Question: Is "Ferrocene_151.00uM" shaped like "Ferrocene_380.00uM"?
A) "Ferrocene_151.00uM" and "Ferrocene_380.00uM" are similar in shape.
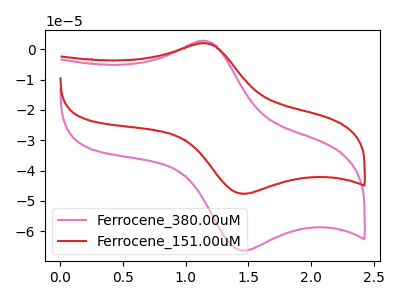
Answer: <think>The pink curve "Ferrocene_380.00uM" has an anodic peak at (1.15V, 2.75uA) and a cathodic peak at (1.45V, -66.45uA). The red curve "Ferrocene_151.00uM" has an anodic peak at (1.15V, 1.95uA) and a cathodic peak at (1.45V, -47.70uA).
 All the peaks in "Ferrocene_151.00uM" have a peak in "Ferrocene_380.00uM" at the same potential. Every peak in "Ferrocene_151.00uM" is lower than every peak in "Ferrocene_380.00uM".</think>
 <answer>A) "Ferrocene_151.00uM" and "Ferrocene_380.00uM" are similar in shape.</answer>
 <eval>A</eval>